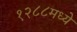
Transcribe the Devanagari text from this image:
१२८८मध्ये